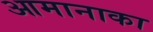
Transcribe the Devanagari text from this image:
आमानाका